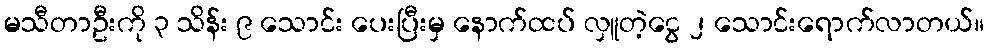
မသီတာဦးကို ၃ သိန်း ၉ သောင်း ပေးပြီးမှ နောက်ထပ် လှူတဲ့ငွေ ၂ သောင်းရောက်လာတယ်။